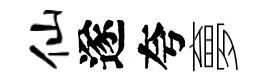
仙遂夸夣